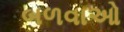
બળવાઓ